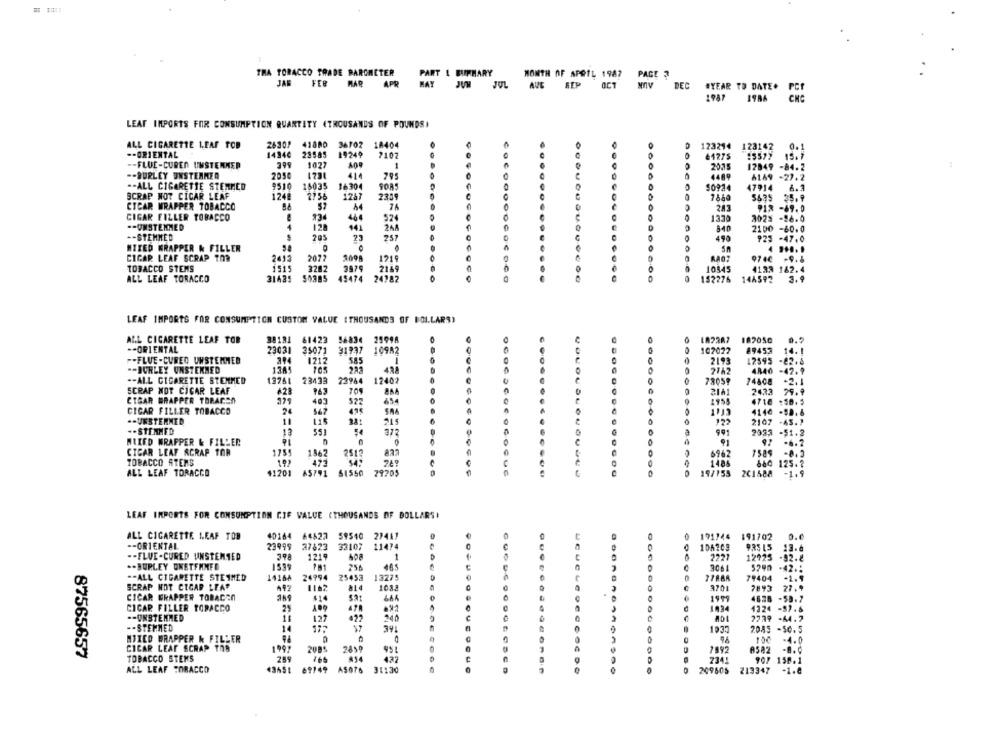
THA TORACCO TRADE BAROMETER
PART & BUKHARY
MONTH OF APRIL 1947 PAGE ?
JAB FER MAR APR MAY JUM JUL AUG SEP OCT
MIV DEC #YEAR TO DATE.
1947
1986
LEAF IMPORTS FOR CONSUMPTION QUANTITY (THOUSANDS OF POUNDS)
ALL CIGARETTE 1.PAP POR
26302
41880 36702
10404
123294
128142
0.1
-- ORIENTAL
14340
28585
19249
2107
61275
15. 7
-- FLUE-CUREN UNSTENMED
1027
1
000
2025
12849 -84.2
-- SURLEY UNSTEAMER
2050
795
co
4489
6169 -27.2
.- ALL CIGARETTE STEMMED
9510
16035
16304
SOAS
50924
47914
A.3
SCRAP NOT CICAR LEAF
1248
2756
1267
7880
5635 35.9
CTCAR WRAPPER TOBACCO
44
243
912 -69.0
134
464
CIGAR FILLER TOBACCO
524
1370
302% -96.0
-- UNSTEMMED
4
128
141
840
2100 -60.0
-- STEMMED
23
257
490
923 -47,0
MIXED WRAPPER & FILLER
CICAR LEAF SCRAP TOR
2413
2022
1219
9740 -9.8
TOBACCO STEMS
1515
3282
3979
2149
10545
4133 182.4
ALL LEAF TORACCO
31425
50385
45474
24782
50
182276
144592
3.9
LEAF IMPORTS FOR CONSUMPTION CUSTOM VALUE (THOUSANDS OF DOLLARS)
ALL CIGARETTE LEAF TOB
38181 61423 56834 25998
182050
-- ORIENTAL
107022
14.
23031 35071 31937 10982
89453
-- FLUE-CURED UNSTEMMER
294
1212
585
-
2193
12595
-22.6
-- BURLEY UNSTEKNED
43Â
2762
4840
-42.9
13261
12402
.- ALL CIGARETTE STEMMED
23433
23944
78059
74808
-2. 1
SCRAP NOT CIGAR LEAF
763
2161
2433
29.9
CTGAR WRAPPER TORACEN
225
483
$22
654
1955
4718 :50.5
24
CICAR FILLER TOBACCO
567
SAA
4146 -98.6
.- UNSTERMED
11
241
215
122
2107 -AS. "
.- STENMED
13
54
372
2993 -$1.2
MIXED WRAPPER & FILLER
91
92
.6.7
CICAR LEAF SCRAP TOR
1755
1562
2513
6962
7589
10
249
TOBACCO STENS
1484
680 125 .?
ALL LEAF TORACCO
41201
45741
61550
79705
19/155
201588
-1.9
LEAF IRPORTS FOR CONSUMPTION CIF VALUE (THOUSANDS OF DOLLARS!
ALL CIGARETTE LEAF TOB
40164
44623 59540 27417
171744
191702
0.6
-- ORIENTAL
23999
37823 33107
11474
106209
935 15
13.6
-- FLUE-CURED UNSTENTED
398
1219
1
2221
12925
-92 .¿
256
1906
.- BURLEY ONETFHNED
465
5290
-42 .:
-- ALL CIGARETTE STEIMED
14168
24994
25453
13275
79404
SCRAP NOT CECAP LEAP
1162
1083
3701
7893
27.9
CICAR WRAPPER TOBACCO
$14
664
4628 -58.7
CICAR FILLER TOBACCO
25
.91
1934
1324 -57. 6
-UNSTEMMED
127
240
2729 -44.7
-- STEMMED
14
1935
2045 -50.5
MIXED WRAPPER & FILLER
9.6
100
-4.0
1997
87565657
CICAR LEAF SCRAP ThB
2859
951
7892
ASAZ
TOBACCO STEMS
432
734!
907 150.1
69149
AS076
ALL LEAF FORACCO
31130
,0
209605
213347
-1.0